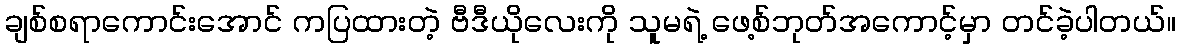
ချစ်စရာကောင်းအောင် ကပြထားတဲ့ ဗီဒီယိုလေးကို သူမရဲ့ ဖေ့စ်ဘုတ်အကောင့်မှာ တင်ခဲ့ပါတယ်။